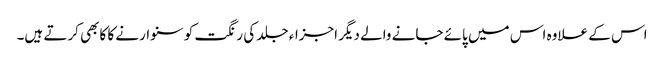
اس کے علاوہ اس میں پائے جانے والے دیگر اجزاء جلد کی رنگت کو سنوارنے کا کابھی کرتے ہیں۔